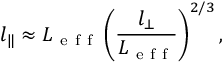
l _ { \| } \approx L _ { \mathrm { ~ e ~ f ~ f ~ } } \left( \frac { l _ { \bot } } { L _ { \mathrm { ~ e ~ f ~ f ~ } } } \right) ^ { 2 / 3 } ,